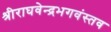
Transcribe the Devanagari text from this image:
श्रीराघवेन्द्रभगवंस्तव